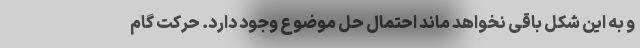
و به این شکل باقی نخواهد ماند احتمال حل موضوع وجود دارد. حرکت گام